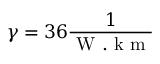
\gamma = 3 6 \frac { 1 } { \mathrm { ~ W ~ . ~ k ~ m ~ } }